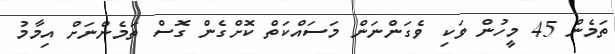
ތަމެން 45 މީހުން ވަކި ވެގަންނަން މަސައްކަތް ކޮށްގެން ގޮސް ތަމެންނަށް އިމާމު